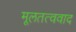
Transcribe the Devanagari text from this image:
मूलतत्ववाद